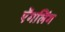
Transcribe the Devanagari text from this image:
ऐंगलिंग